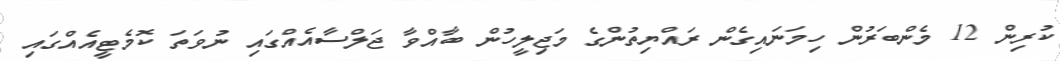
ކުރިން 12 މެންބަރުން ހިމަނައިގެން ރައްޔިތުންގެ މަޖިލީހުން ބާއްވާ ޖަލްސާއެއްގައި ނުވަތަ ކޮމެޓީއެއްގައި